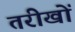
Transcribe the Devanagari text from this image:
तरीखों